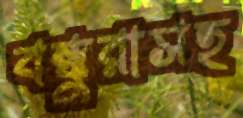
বন্ধুরাসহ